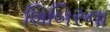
શિબિરના